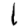
Digit: 1